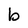
Character: b